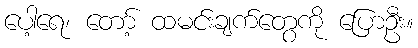
ပေါ့ရေ၊ တော့် ထမင်းချက်တွေကို ပြောဦး။